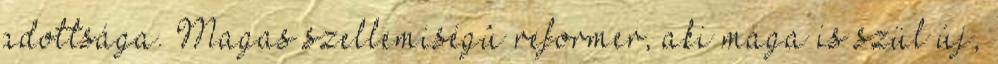
adottsága. Magas szellemiségû reformer, aki maga is szül új,